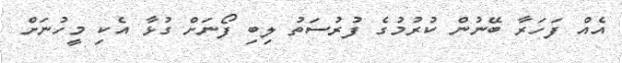
އެއް ފަހަރާ ބޭނުން ކުރުމުގެ ފުރުސަތު ލިބި ފޯނަށް ގުޅާ އެކި މީހުނަށް